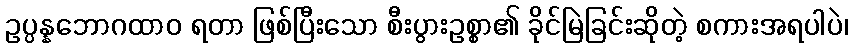
ဥပ္ပန္နဘောဂထာဝ ရတာ ဖြစ်ပြီးသော စီးပွားဥစ္စာ၏ ခိုင်မြဲခြင်းဆိုတဲ့ စကားအရပါပဲ၊